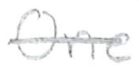
Text: One
Cross-out: single-line
Writing tool: pencil